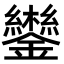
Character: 𮣩